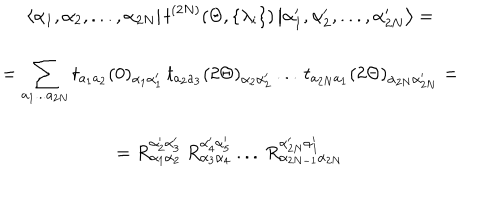
LaTeX: \begin{array} { c } { { \displaystyle \left\langle \alpha _ { 1 } , \alpha _ { 2 } , . . . , \alpha _ { 2 N } \right| t ^ { ( 2 N ) } ( \Theta , \{ \lambda _ { i } \} ) \left| \alpha _ { 1 } ^ { \prime } , \alpha _ { 2 } ^ { \prime } , . . . , \alpha _ { 2 N } ^ { \prime } \right\rangle = } } \\ { { = \displaystyle \sum _ { a _ { 1 } . . . a _ { 2 N } } t _ { a _ { 1 } a _ { 2 } } ( 0 ) _ { \alpha _ { 1 } \alpha _ { 1 } ^ { \prime } } \, t _ { a _ { 2 } a _ { 3 } } ( 2 \Theta ) _ { \alpha _ { 2 } \alpha _ { 2 } ^ { \prime } } \, . . . \, t _ { a _ { 2 N } a _ { 1 } } ( 2 \Theta ) _ { \alpha _ { 2 N } \alpha _ { 2 N } ^ { \prime } } = } } \\ { { = R _ { \alpha _ { 1 } \alpha _ { 2 } } ^ { \alpha _ { 2 } ^ { \prime } \alpha _ { 3 } ^ { \prime } } \: R _ { \alpha _ { 3 } \alpha _ { 4 } } ^ { \alpha _ { 4 } ^ { \prime } \alpha _ { 5 } ^ { \prime } } \: . . . \: R _ { \alpha _ { 2 N - 1 } \alpha _ { 2 N } } ^ { \alpha _ { 2 N } ^ { \prime } \alpha _ { 1 } ^ { \prime } } } } \\ \end{array}